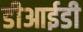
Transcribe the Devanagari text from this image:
डीआईडी